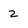
Character: 2